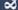
&